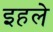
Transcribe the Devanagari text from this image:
इहले